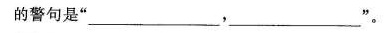
的警句是”___，___”。